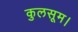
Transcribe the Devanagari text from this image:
कुलसूम।